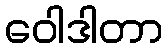
ဝေါဒါတာ